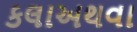
કલાઅથવા